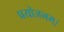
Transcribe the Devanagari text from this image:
प्रयोजनम्।